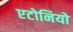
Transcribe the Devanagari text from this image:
एटोनियो